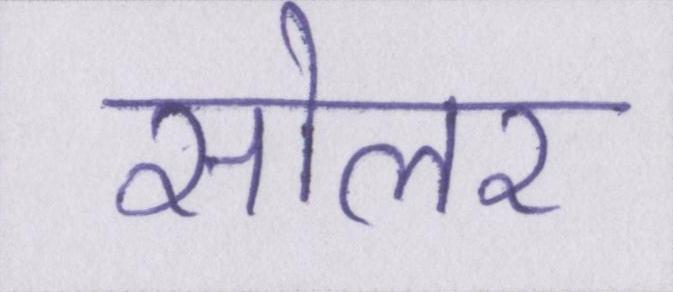
सोलर